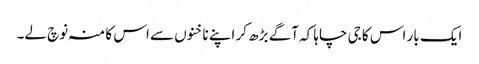
ایک بار اس کا جی چاہا کہ آگے بڑھ کر اپنے ناخنوں سے اس کا منہ نوچ لے۔